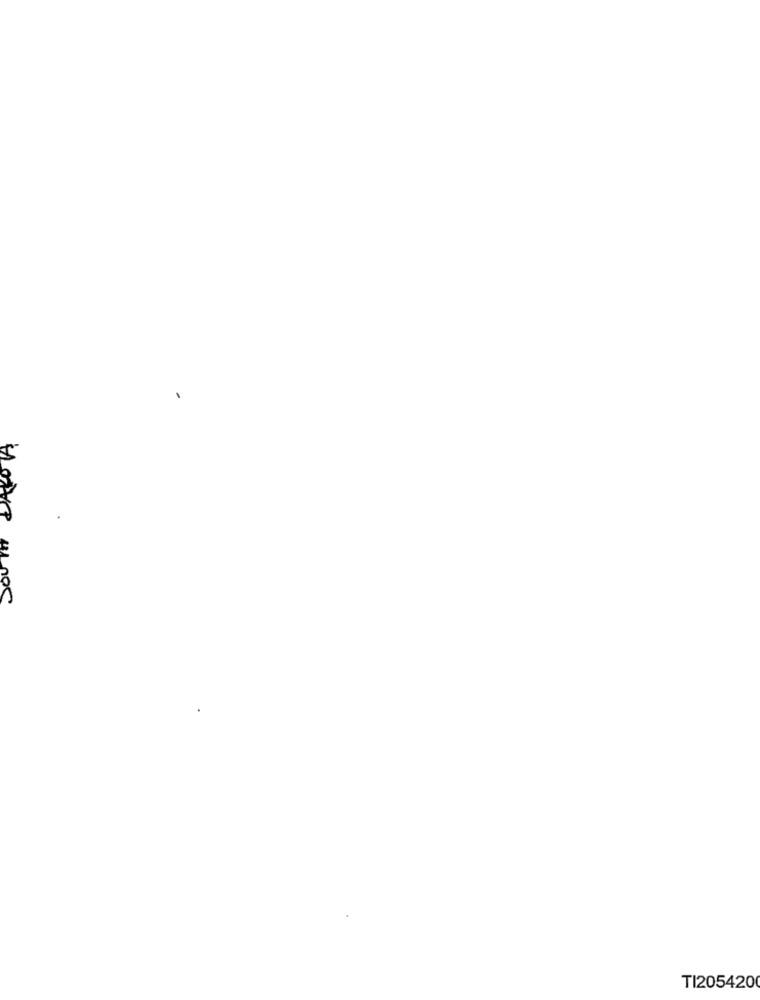
TI205420